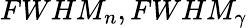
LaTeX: FWHM_{n},FWHM_{\gamma}